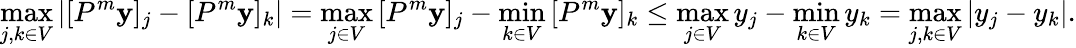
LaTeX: \operatorname*{max}_{j,k\in V}\left|[P^{m}\mathbf{y}]_{j}-[P^{m}\mathbf{y}]_{k}\right|=\operatorname*{max}_{j\in V}\, [P^{m}\mathbf{y}]_{j}-\operatorname*{min}_{k\in V}\, [P^{m}\mathbf{y}]_{k}\leq\operatorname*{max}_{j\in V}y_{j}-\operatorname*{min}_{k\in V}y_{k}=\operatorname*{max}_{j,k\in V}|y_{j}-y_{k}|.